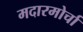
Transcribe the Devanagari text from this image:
मदारमोर्चा